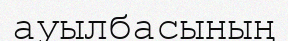
ауылбасының